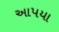
આપયા